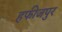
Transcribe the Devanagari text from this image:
हफीजपुर